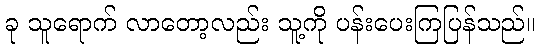
ခု သူရောက် လာတော့လည်း သူ့ကို ပန်းပေးကြပြန်သည်။